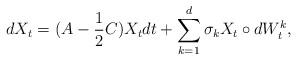
LaTeX: \begin{align*}dX_t=(A-\frac12C)X_tdt+\sum_{k=1}^{d}\sigma_kX_t\circ dW_t^k,\end{align*}